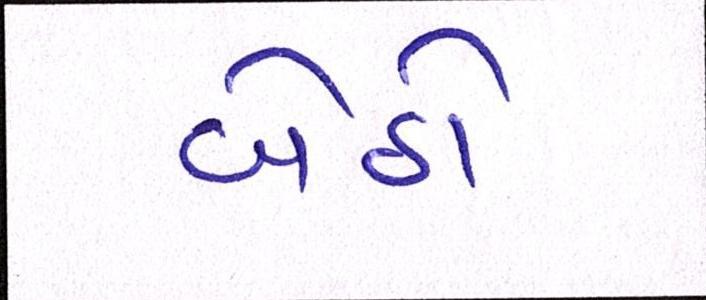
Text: બેઠો